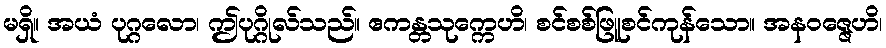
မရှိ။ အယံ ပုဂ္ဂလော၊ ဤပုဂ္ဂိုလ်သည်။ ဧကန္တသုက္ကေဟိ၊ စင်စစ်ဖြူစင်ကုန်သော။ အနဝဇ္ဇေဟိ၊